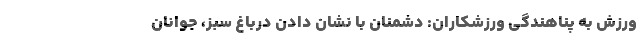
ورزش به پناهندگی ورزشکاران: دشمنان با نشان دادن درباغ سبز، جوانان